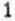
1